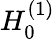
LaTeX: H_{0}^{(1)}